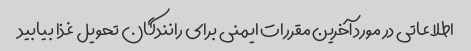
اطلاعاتی در مورد آخرین مقررات ایمنی برای رانندگان تحویل غذا بیابید